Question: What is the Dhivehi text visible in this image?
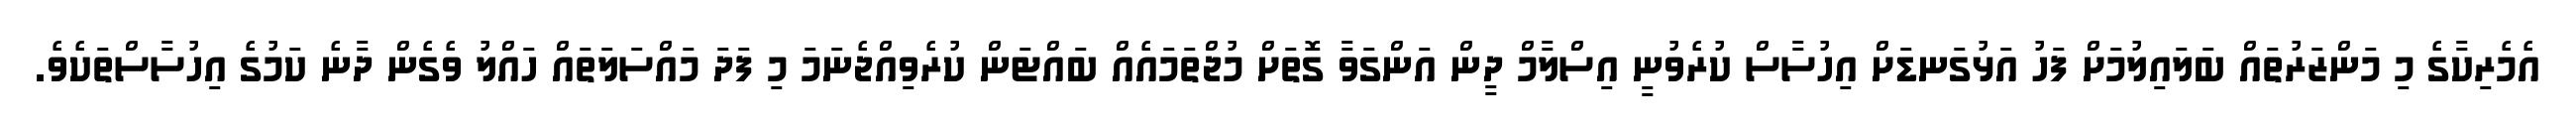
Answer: އެމެރިކާގެ މި މަންޒަރުތައް ބަލައިލުމަށް ފަހު އަޅުގަނޑަށް އިހުސާސް ކުރެވުނީ އިސްލާމް ދީން އަންގަވާ ގޮތަށް މުޖްތަމައެއް ބައްޓަން ކުރެވިއްޖެނަމަ މި ފަދަ މައްސަލަތައް ހައްލު ވެގެން ދާނެ ކަމުގެ އިހުސާސްތަކެވެ.